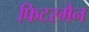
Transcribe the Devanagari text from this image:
फिटरमैन